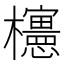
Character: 𣠣